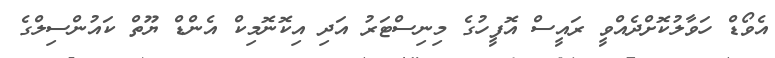
އެވޯޑް ހަވާލުކޮށްދެއްވީ ރައީސް އޮފީހުގެ މިނިސްޓަރު އަދި އިކޮނޮމިކް އެންޑް ޔޫތް ކައުންސިލްގެ